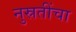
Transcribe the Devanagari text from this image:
नुस्रतींचा